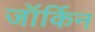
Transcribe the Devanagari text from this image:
जॉर्किन